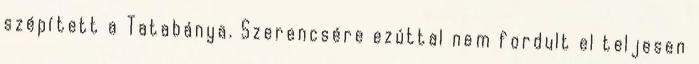
szépített a Tatabánya. Szerencsére ezúttal nem fordult el teljesen